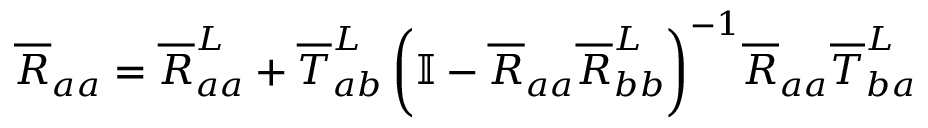
\overline { { R } } _ { a a } = \overline { { R } } _ { a a } ^ { L } + \overline { { T } } _ { a b } ^ { L } \left( \mathbb { I } - \overline { { R } } _ { a a } \overline { { R } } _ { b b } ^ { L } \right) ^ { - 1 } \! \overline { { R } } _ { a a } \overline { { T } } _ { b a } ^ { L }